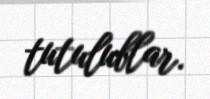
tutulublar.